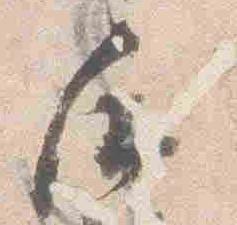
后